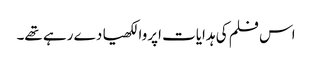
اس فلم کی ہدایات اپروا لکھیا دے رہے تھے۔